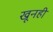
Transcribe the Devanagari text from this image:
खूनही